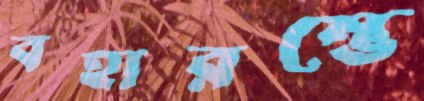
বহারম্ভে